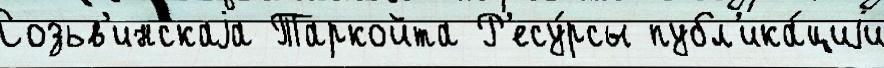
Созьв'инскаjа Таркойта Р'есу́рсы публ'ика́циjи